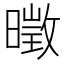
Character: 𱢨